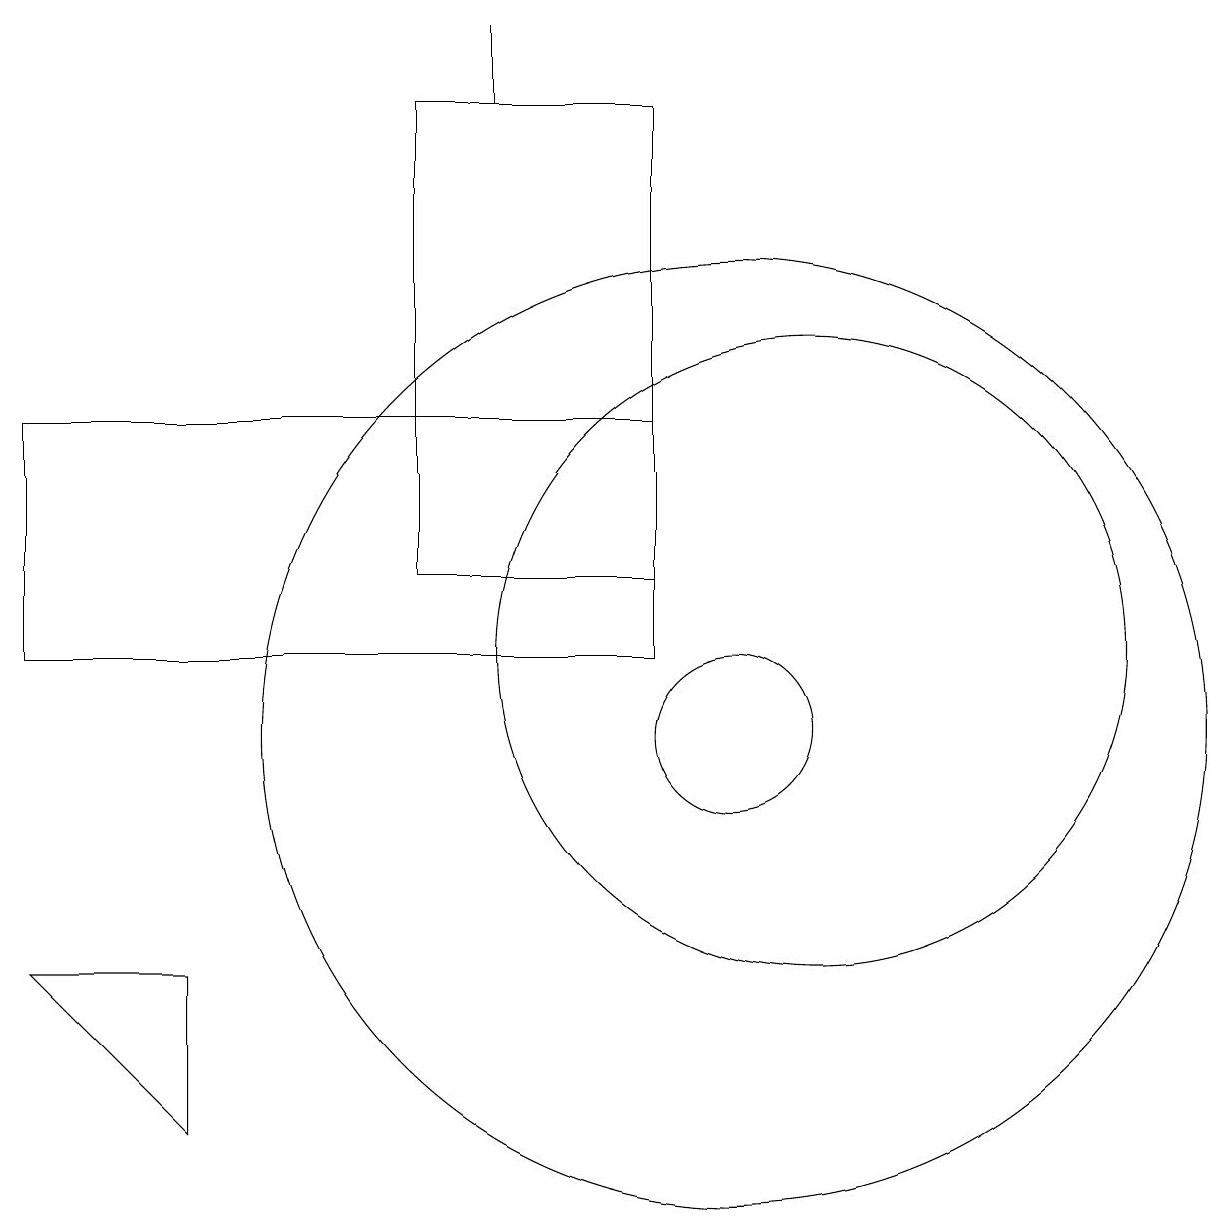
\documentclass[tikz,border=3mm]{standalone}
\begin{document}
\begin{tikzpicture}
\draw (6,18) rectangle (9,12);
\draw (10,10) circle (1);
\draw (10,10) circle (6);
\draw (11,11) circle (4);
\draw (7,19) rectangle (7,18);
\draw (1,11) rectangle (9,14);
\draw (3,7) -- (3,5) -- (1,7) -- cycle;
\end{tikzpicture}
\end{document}